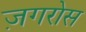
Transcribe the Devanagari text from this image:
ज़गरोस